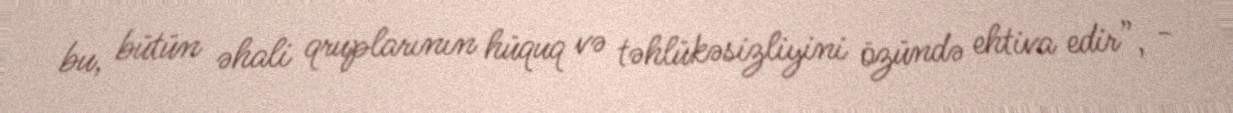
bu, bütün əhali qruplarının hüquq və təhlükəsizliyini özündə ehtiva edir”, -